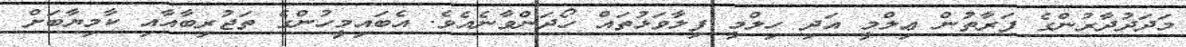
މަދަދުދާރުންގެ ފަރާތުން ޢިލްމީ އަދި ހިލްމީ ފިލާވަޅުތައް ހޯދަންވާނެއެވެ. އެބައިމީހުންގެ ތަޖުރިބާއާއި ކާމިޔާބަށް